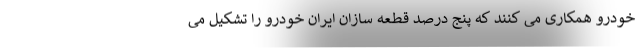
خودرو همکاری می کنند که پنج درصد قطعه سازان ایران خودرو را تشکیل می